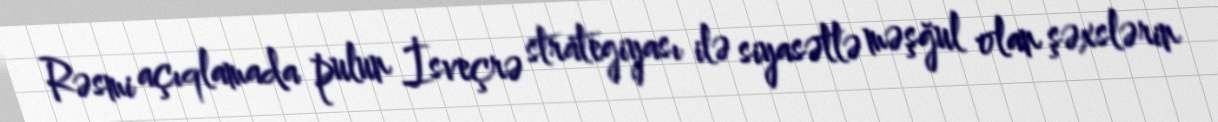
Rəsmi açıqlamada pulun İsveçrə strategiyası ilə siyasətlə məşğul olan şəxslərin